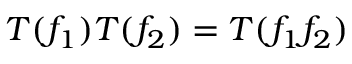
T ( f _ { 1 } ) T ( f _ { 2 } ) = T ( f _ { 1 } f _ { 2 } )